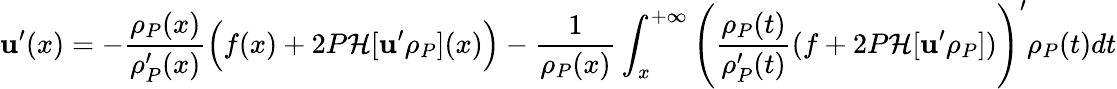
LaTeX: \mathbf{u}^{\prime}(x)=-\frac{{\rho_{P}(x)}}{{\rho_{P}^{\prime}(x)}}\Big(f(x)+2P\mathcal{{H}}[\mathbf{u}^{\prime}\rho_{P}](x)\Big)-\frac{{1}}{{\rho_{P}(x)}}\int_{x}^{+\infty}\Bigg(\frac{{\rho_{P}(t)}}{{\rho_{P}^{\prime}(t)}}(f+2P\mathcal{{H}}[\mathbf{u}^{\prime}\rho_{P}])\Bigg)^{\prime}\rho_{P}(t)dt